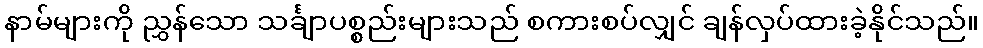
နာမ်များကို ညွှန်သော သင်္ချာပစ္စည်းများသည် စကားစပ်လျှင် ချန်လှပ်ထားခဲ့နိုင်သည်။